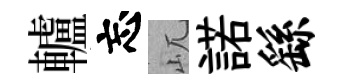
轤忘屼諾繇